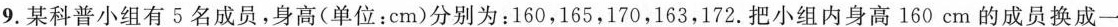
9.某科普小组有5名成员，身高(单位：cm)分别为：160，165，170，163，172.把小组内身高160cm的成员换成一